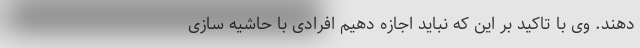
دهند. وی با تاکید بر این که نباید اجازه دهیم افرادی با حاشیه سازی